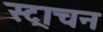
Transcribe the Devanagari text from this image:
स्ट्राचन